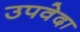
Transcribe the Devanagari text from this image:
उपवेदा